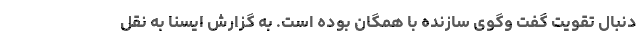
دنبال تقویت گفت وگوی سازنده با همگان بوده است. به گزارش ایسنا به نقل